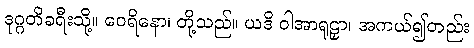
ဒုဂ္ဂတိခရီးသို့။ ဝေရိနော၊ တို့သည်။ ယဒိ ဝါအာရူဠှာ၊ အကယ်၍တည်း